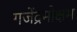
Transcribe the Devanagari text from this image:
गजेंद्रमोक्षम